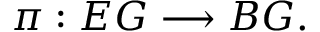
\pi : E G \longrightarrow B G .